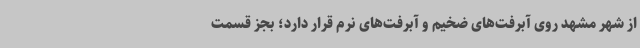
از شهر مشهد روی آبرفت‌های ضخیم و آبرفت‌های نرم قرار دارد؛ بجز قسمت